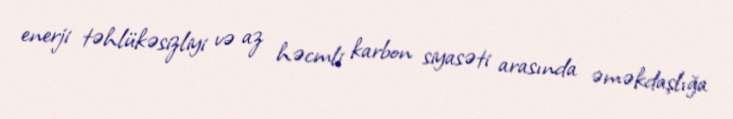
enerji təhlükəsizliyi və az həcmli karbon siyasəti arasında əməkdaşlığa